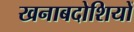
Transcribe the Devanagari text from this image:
खनाबदोशियों